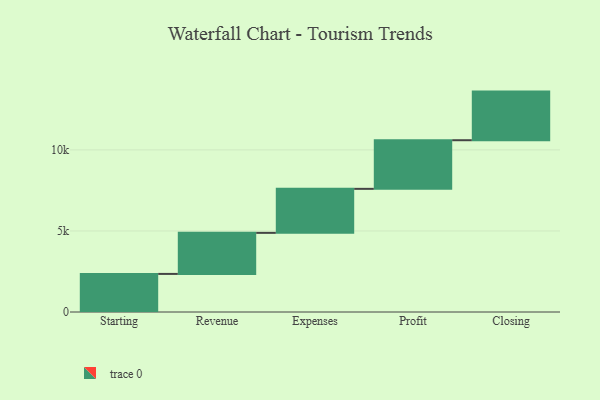
{"axis": {"x": "Step", "y": "Value"}, "legend": [""], "data": [{"x": "Starting", "y": 2350.0, "type": ""}, {"x": "Revenue", "y": 2533.0, "type": ""}, {"x": "Expenses", "y": 2715.0, "type": ""}, {"x": "Profit", "y": 3000, "type": ""}, {"x": "Closing", "y": 3000, "type": ""}]}